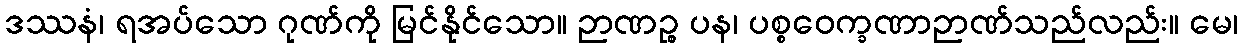
ဒဿနံ၊ ရအပ်သော ဂုဏ်ကို မြင်နိုင်သော။ ဉာဏဉ္စ ပန၊ ပစ္စဝေက္ခဏာဉာဏ်သည်လည်း။ မေ၊